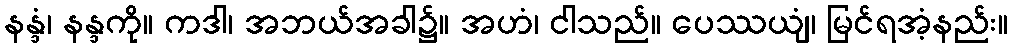
နန္ဒံ၊ နန္ဒကို။ ကဒါ၊ အဘယ်အခါ၌။ အဟံ၊ ငါသည်။ ပေဿယျံ၊ မြင်ရအံ့နည်း။